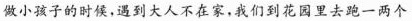
做小孩子的时候，遇到大人不在家，我们到花园里去跑一两个